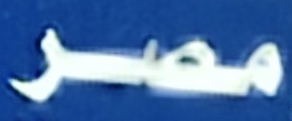
مصر